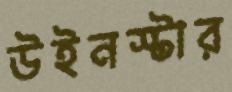
উইনস্টার